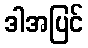
ဒါအပြင်